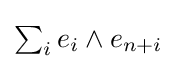
{\textstyle \sum _{i}e_{i}\wedge e_{n+i}}